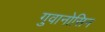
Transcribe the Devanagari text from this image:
गुवानोसिन